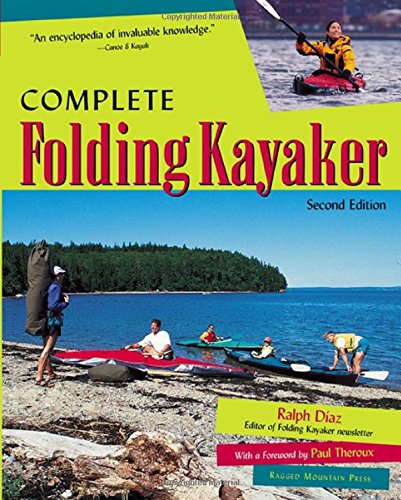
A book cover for Complete Folding Kayaker, Second Edition; Ralph Diaz; Sports & Outdoors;